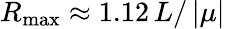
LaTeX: R_{\mathrm{max}}\approx 1.12\, L/\left|\mu\right|